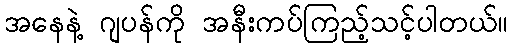
အနေနဲ့ ဂျပန်ကို အနီးကပ်ကြည့်သင့်ပါတယ်။